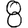
Digit: 8